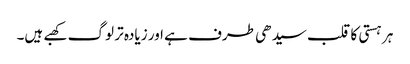
ہر ہستی کا قلب سیدھی طرف ہے اور زیادہ تر لوگ کھبے ہیں۔